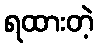
ရထားတဲ့